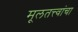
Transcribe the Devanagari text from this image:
मूलतत्त्वांचा